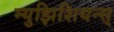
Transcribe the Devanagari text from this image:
म्युझिशियन्स्